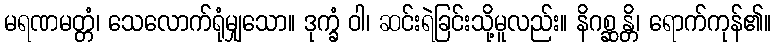
မရဏမတ္တံ၊ သေလောက်ရုံမျှသော။ ဒုက္ခံ ဝါ၊ ဆင်းရဲခြင်းသို့မူလည်း။ နိဂစ္ဆန္တိ၊ ရောက်ကုန်၏။